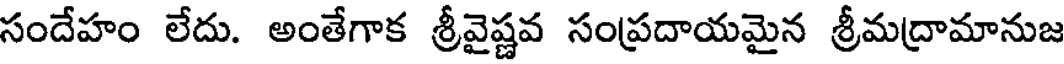
సందేహం లేదు. అంతేగాక శ్రీవైష్ణవ సంప్రదాయమైన శ్రీమద్రామానుజ